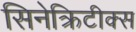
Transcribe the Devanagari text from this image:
सिनेक्रिटीक्स